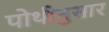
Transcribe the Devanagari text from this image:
पोथीनुसार